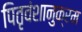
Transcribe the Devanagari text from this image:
पितृवंशानुक्रम